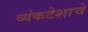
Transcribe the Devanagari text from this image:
व्यंकटेशाचे